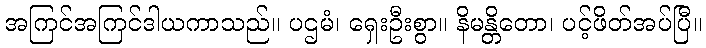
အကြင်အကြင်ဒါယကာသည်။ ပဌမံ၊ ရှေးဦးစွာ။ နိမန္တိတော၊ ပင့်ဖိတ်အပ်ပြီ။